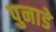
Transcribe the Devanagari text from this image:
पुनाडे